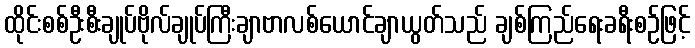
ထိုင်းစစ်ဦးစီးချုပ်ဗိုလ်ချုပ်ကြီးချာဗာလစ်ယောင်ချာယွတ်သည် ချစ်ကြည်ရေးခရီးစဉ်ဖြင့်